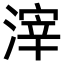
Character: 滓